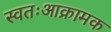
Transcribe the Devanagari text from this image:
स्वतःआक्रामक